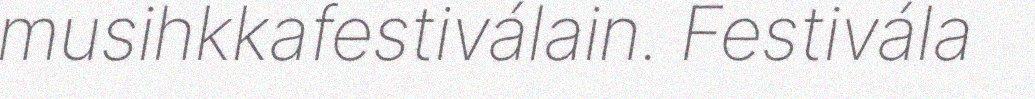
musihkkafestiválain. Festivála